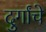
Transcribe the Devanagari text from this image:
दुर्गांचे